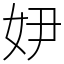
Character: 𡛂